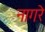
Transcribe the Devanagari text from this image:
नागरे